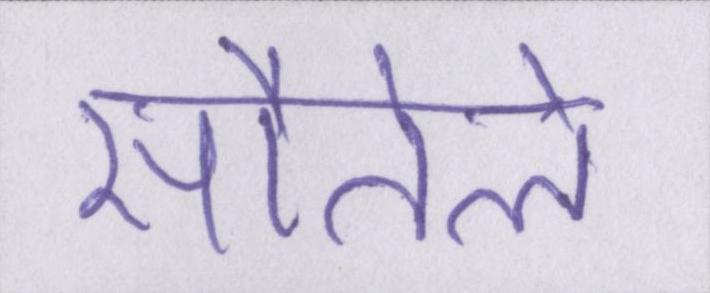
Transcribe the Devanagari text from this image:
सौतेले